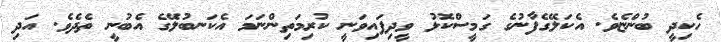
ހެކިދީ ބުންޏެވެ. އެކަލޭގެފާނުގެ ގަމީސްކޮޅު ވީދިފައިވަނީ ކުރިމަތިންނަމަ އެކަނބުލޭގެ އެބުނީ ތެދެވެ. އަދި